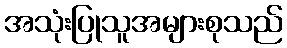
အသုံးပြုသူအများစုသည်